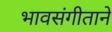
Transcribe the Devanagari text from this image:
भावसंगीताने